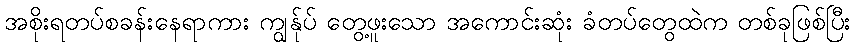
အစိုးရတပ်စခန်းနေရာကား ကျွန်ုပ် တွေ့ဖူးသော အကောင်းဆုံး ခံတပ်တွေထဲက တစ်ခုဖြစ်ပြီး